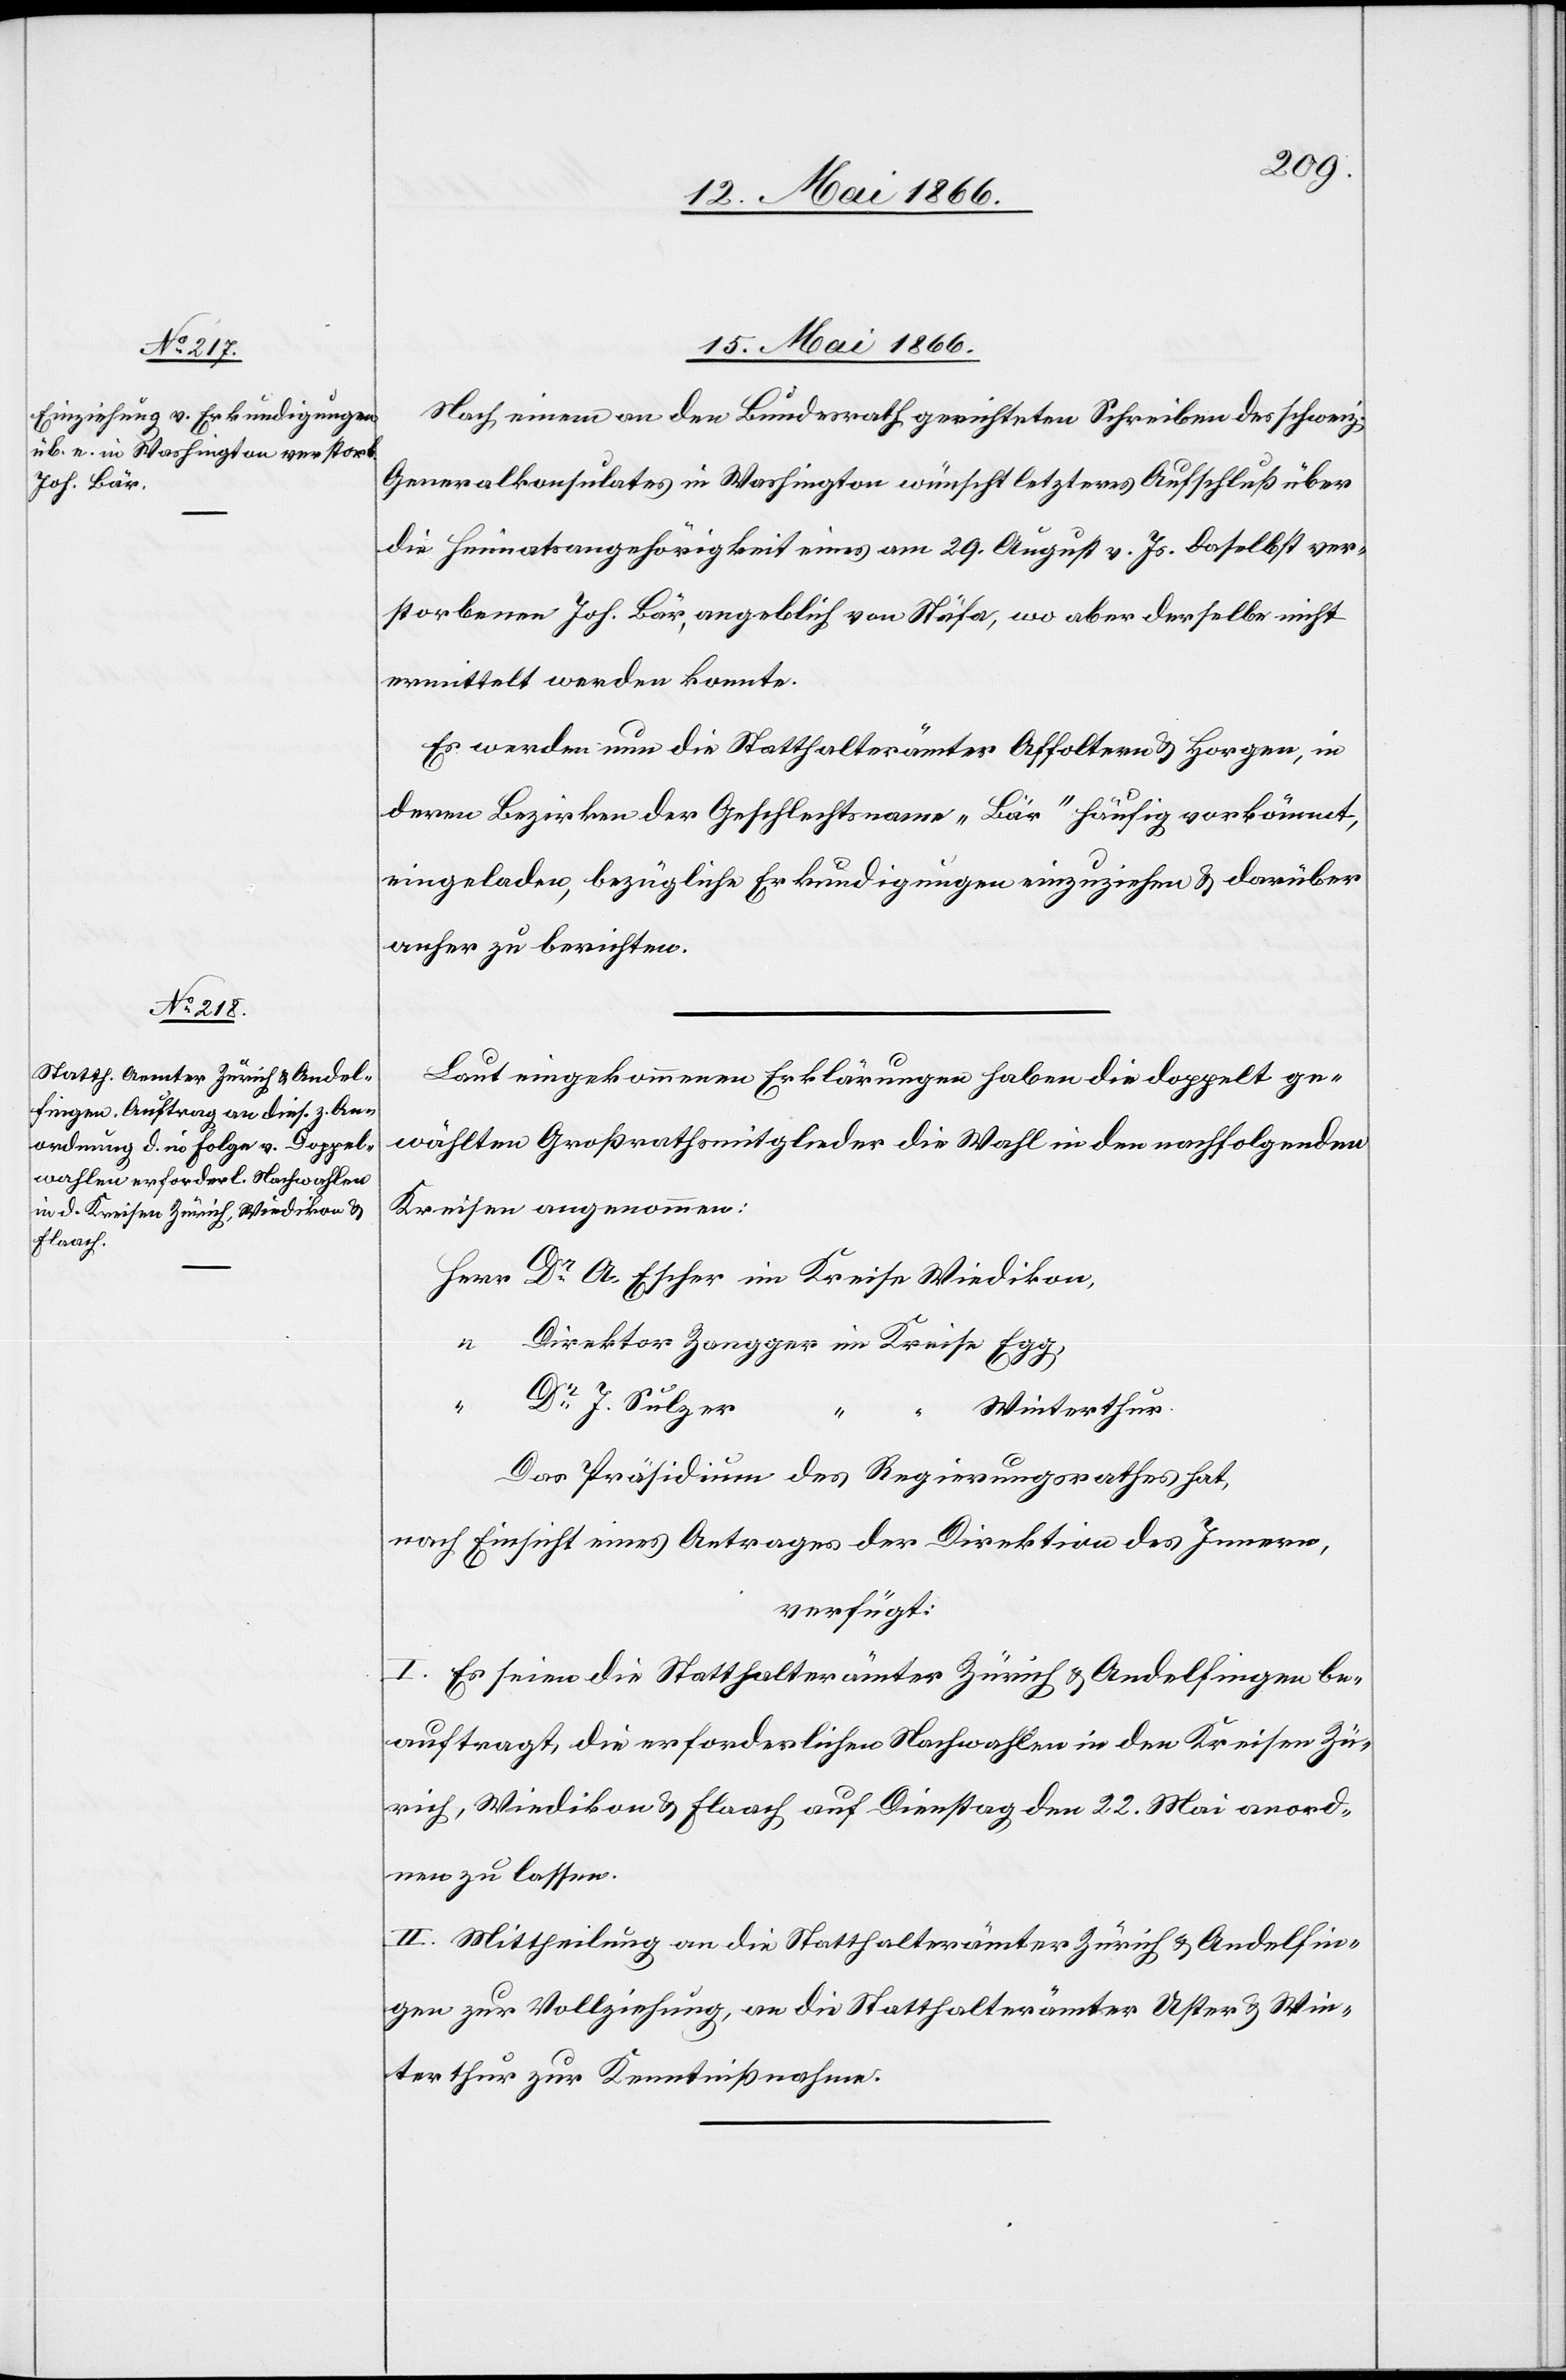
15. Mai 1866.]
Nach einem an den Bundesrath gerichteten Schreiben des schweiz.
Generalkonsulates in Washington wünscht letzteres Aufschluß über
die Heimatsangehörigkeit eines am 29. August v. Js. daselbst ver¬
storbenen Joh. Bär, angeblich von Stäfa, wo aber derselbe nicht
ermittelt werden konnte.
Es werden nun die Statthalterämter Affoltern u. Horgen, in
deren Bezirken der Geschlechtsname „Bär“ häufig vorkömmt,
eingeladen, bezügliche Erkundigungen einzuziehen u. darüber
anher zu berichten.
Laut eingekommenen Erklärungen haben die doppelt ge¬
wählten Großrathsmitglieder die Wahl in den nachfolgenden
Kreisen angenommen:
Herr Dr. A. Escher im Kreise Wiedikon
“ Direktor Zangger im Kreise Egg,
“ Dr. J. Sulzer
“ “
Winterthur.
Das Präsidium des Regierungsrathes hat,
nach Einsicht eines Antrages der Direktion des Innern,
verfügt:
I. Es seien die Statthalterämter Zürich u. Andelfingen be¬
auftragt, die erforderlichen Nachwahlen in den Kreisen Zü¬
rich, Wiedikon u. Flaach auf Dienstag den 22. Mai anord¬
nen zu lassen.
II. Mittheilung an die Statthalterämter Zürich u. Andelfin¬
gen zur Vollziehung, an die Statthalterämter Uster u. Win¬
terthur zur Kenntnißnahme.